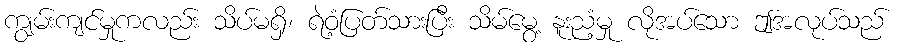
ကျွမ်းကျင်မှုကလည်း သိပ်မရှိ၊ ရဲဝံ့ပြတ်သားပြီး သိမ်မွေ့ နူးညံ့မှု လိုအပ်သော ဤအလုပ်သည်